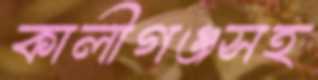
কালীগঞ্জসহ